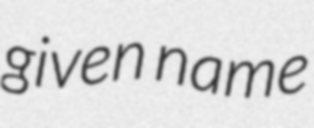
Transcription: given name